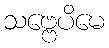
သဗ္ဗေပိမေ